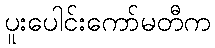
ပူးပေါင်းကော်မတီက